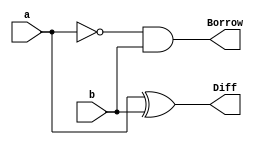
// 5Q. gate level implementation of half subractor
module HS(
input a,
input b,

output Borrow,
output Diff);

	xor x1(Diff,a,b);
	
	not n1(a_bar,a);		//not declaring a_wire as by default its a wire datatype of 1 bit
	and A1(Borrow,a_bar,b);
	
endmodule